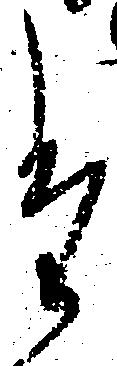
た